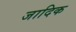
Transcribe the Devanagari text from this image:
जादिक